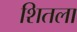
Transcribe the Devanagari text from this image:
शितला